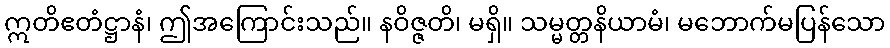
ဣတိဧတံဋ္ဌာနံ၊ ဤအကြောင်းသည်။ နဝိဇ္ဇတိ၊ မရှိ။ သမ္မတ္တနိယာမံ၊ မဘောက်မပြန်သော